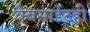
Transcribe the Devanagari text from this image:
वेबसाईटही